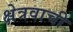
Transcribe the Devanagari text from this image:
क्षेत्रवाची